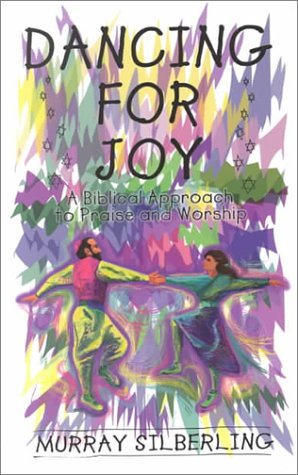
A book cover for Dancing for Joy: A Biblical Approach to Praise & Worship; Murray Silberling; Christian Books & Bibles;